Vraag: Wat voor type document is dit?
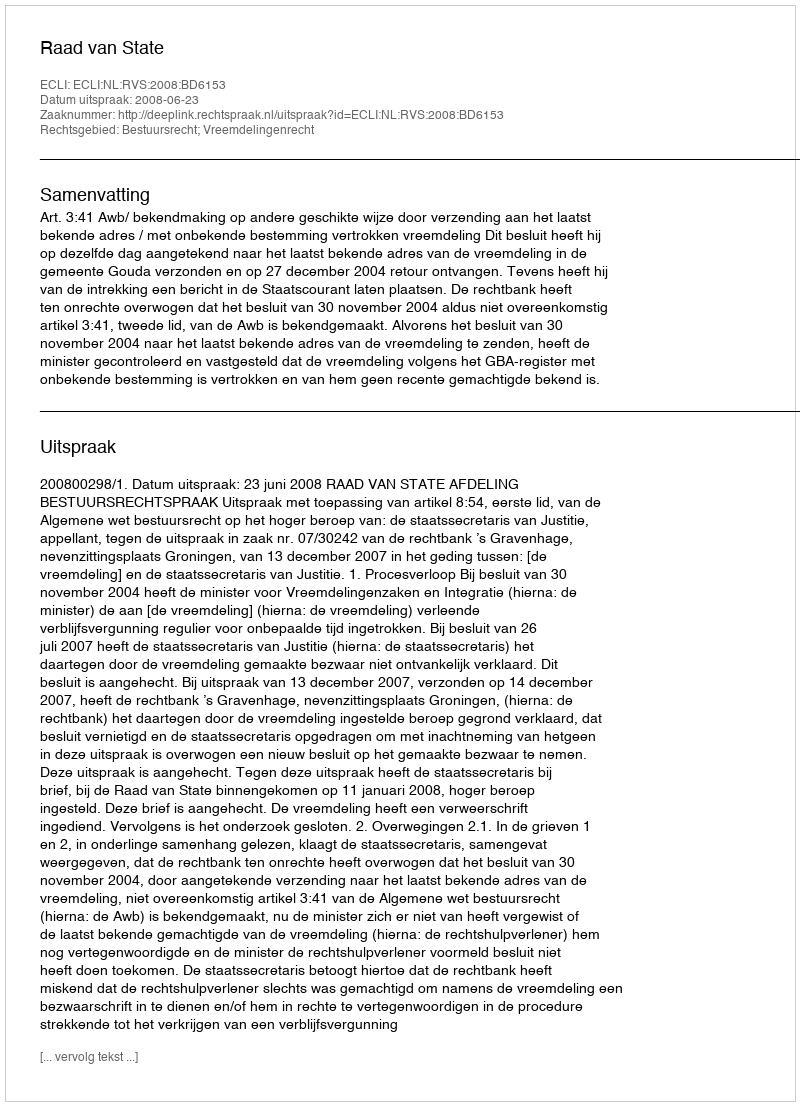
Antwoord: Uitspraak